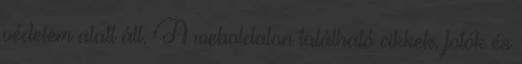
védelem alatt áll. A weboldalon található cikkek, fotók és